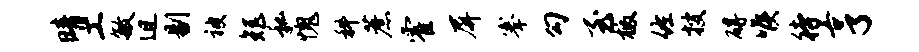
晴工敏迫剔被矩私愧科蔗霍屏搴勾至檄佐搜碍喉待亨